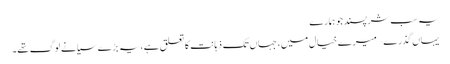
یہ سب شرپسند جو ہمارے
یہاں گذرے – میرے خیال میں، جہاں تک ذہانت کا تعلق ہے، یہ بڑے سیانے لوگ تھے۔